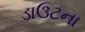
ડાઉટના